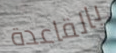
بالقاعدة